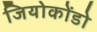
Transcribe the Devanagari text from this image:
जियोकोंडो